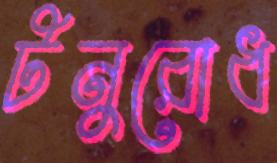
টনুরোধ